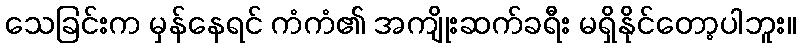
သေခြင်းက မှန်နေရင် ကံကံ၏ အကျိုးဆက်ခရီး မရှိနိုင်တော့ပါဘူး။